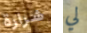
شرارة لي